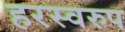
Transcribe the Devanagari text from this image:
हरस्वरुप